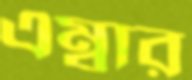
এম্বার